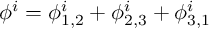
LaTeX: \phi ^ { i } = \phi _ { 1 , 2 } ^ { i } + \phi _ { 2 , 3 } ^ { i } + \phi _ { 3 , 1 } ^ { i }